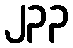
၂၃၃